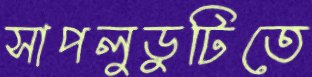
সাপলুডুটিতে